Report on the Nagpur School of Medicine, Central Provinces
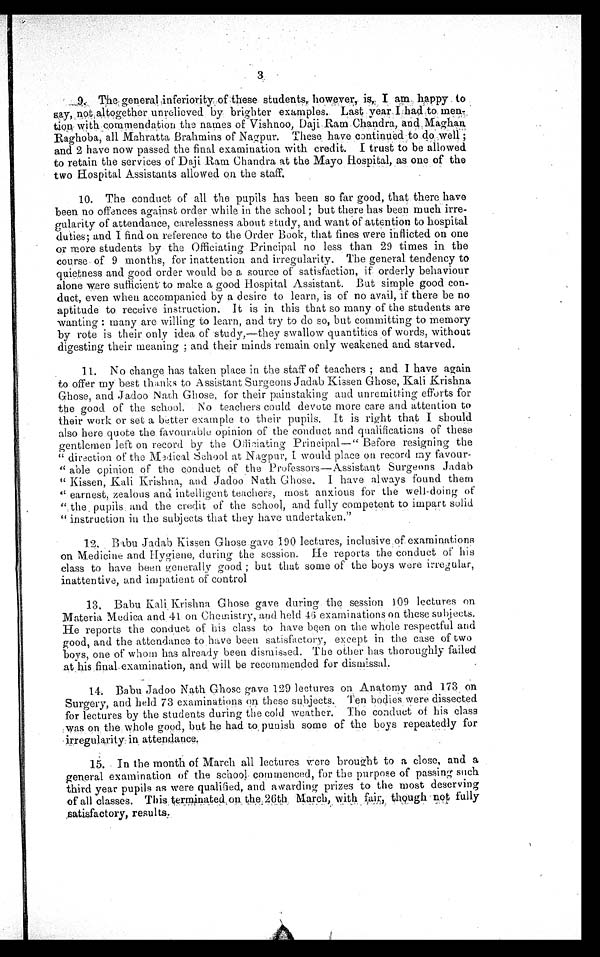
3
9. The general inferiority of these students, however, is, I am happy to
say, not altogether unrelieved by brighter examples. Last year I had to men-
tion with commendation the names of Vishnoo, Daji Ram Chandra, and Maghan
Raghoba, all Mahratta Brahmins of Nagpur. These have continued to do well;
and 2 have now passed the final examination with credit. I trust to be allowed
to retain the services of Daji Ram Chandra at the Mayo Hospital, as one of the
two Hospital Assistants allowed on the staff.
10. The conduct of all the pupils has been so far good, that there have
been no offences against order while in the school; but there has been much irre-
gularity of attendance, carelessness about study, and want of attention to hospital
duties; and I find on reference to the Order Book, that fines were inflicted on one
or more students by the Officiating Principal no less than 29 times in the
course of 9 months, for inattention and irregularity. The general tendency to
quietness and good order would be a source of satisfaction, if orderly behaviour
alone were sufficient to make a good Hospital Assistant. But simple good con- -
duct, even when accompanied by a desire to learn, is of no avail, if there be no
aptitude to receive instruction. It is in this that so many of the students are
wanting: many are willing to learn, and try to do so, but committing to memory
by rote is their only idea of study,—they swallow quantities of words, without
digesting their meaning; and their minds remain only weakened and starved.
11. No change has taken place in the staff of teachers; and I have again
to offer my best thanks to Assistant Surgeons Jadab Kissen Ghose, Kali Krishna
Ghose, and Jadoo Nath Ghose, for their painstaking and unremitting efforts for
the good of the school, No teachers could devote more care and attention to
their work or set a better example to their pupils, it is right that I should
also here quote the favourable opinion of the conduct and qualifications of these
gentlemen left on record by the Officiating Principal—"Before resigning the
"direction of the Medical School at Nagpur, I would place on record my favour
- "able opinion of the conduct of the Professors—Assistant Surgeons Jadab
"Kissen, Kali Krishna, and Jadoo Nath Ghose. I have always found them
"earnest, zealous and intelligent teachers, most anxious for the well-doing of
"the pupils and the credit of the school, and fully competent to impart solid
" " i n s t r u c t i o n i n t h e s u b j e c t s t h a t t h e y h a v e u n d e r t a k e n . "
12. Babu Jadab Kissen Ghose gave 190 lectures, inclusive of examinations
on Medicine and Hygiene, during the session. He reports the conduct of his
class to have been generally good; but that some of the boys were irregular,
inattentive, and impatient of control
13. Babu Kali Krishna Ghose gave during the session 109 lectures on
Materia Modica and 41 on Chemistry, and held 46 examinations on these subjects.
He reports the conduct of his class to have been on the whole respectful and
good, and the attendance to have been satisfactory, except in the case of two
boys, one of whom has already been dismissed. The other has thoroughly failed
at his final examination, and will be recommended for dismissal.
14. Babu Jadoo Nath Ghose gave 129 lectures on Anatomy and 173 on
Surgery, and held 73 examinations on these subjects. Ten bodies were dissected
for lectures by the students during the cold weather. The conduct of his class
w as on the whole good, but he had to , punish some of the boys repeatedly for
irregularity in attendance.
15. In the month of March all lectures were brought to a close, and a
general examination of the school commenced, for the purpose of passing such
third year pupils as were qualified, and awarding prizes to the most deserving
of all classes. This terminated on the 26th March, with fair, though not fully
satisfactory, results.